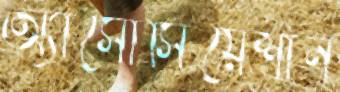
অ্যাসোসিয়েশান